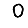
Digit: 0